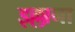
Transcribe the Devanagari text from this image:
इल्लाना